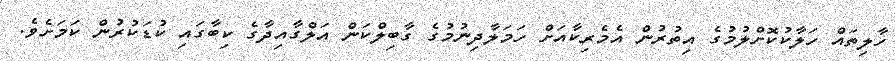
ހާލިތައް ހަލާކުކޮށްލުމުގެ އިތުރުން އެމެރިކާއަށް ހަމަލާދިނުމުގެ ގާބިލްކަން އަލްގާއިދާގެ ކިބާގައި ކުޑަކުރުން ކަމަށެވެ.